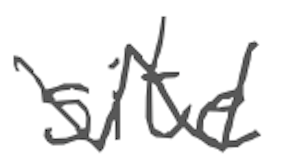
Text: site
Cross-out: zig-zag
Writing tool: digital_gray